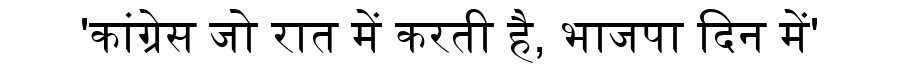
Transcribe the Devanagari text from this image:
'कांग्रेस जो रात में करती है, भाजपा दिन में'